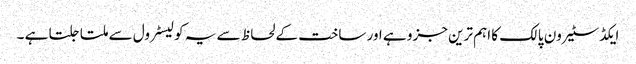
ایکڈسٹیرون پالک کا اہم ترین جزو ہے اور ساخت کے لحاظ سے یہ کولیسٹرول سے ملتا جلتا ہے ۔